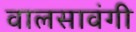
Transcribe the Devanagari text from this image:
वालसावंगी